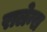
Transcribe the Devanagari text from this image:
रालेन्स